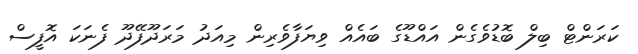
ކަރަންޓް ބިލް ބޮޑުވެގެން އައްޑޫގެ ބައެއް ވިޔަފާވެރިން މިއަދު މަރަދޫފޭދޫ ފެނަކަ އޮފީސް